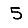
Digit: 5